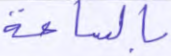
بالساعة